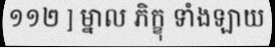
១១២ ] ម្នាល ភិក្ខុ ទាំងឡាយ